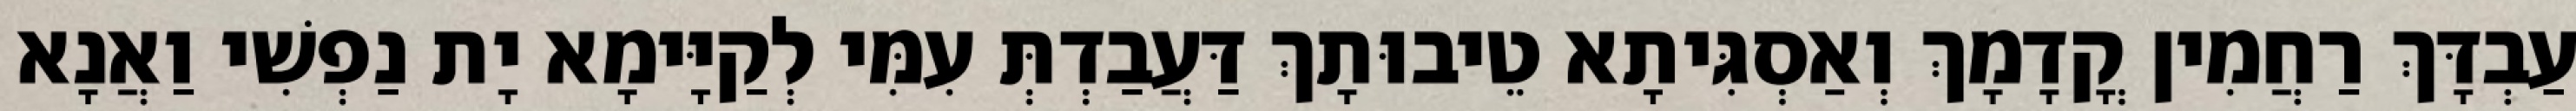
עַבְדָּךְ רַחֲמִין קֳדָמָךְ וְאַסְגִּיתָא טֵיבוּתָךְ דַּעֲבַדְתְּ עִמִּי לְקַיָּימָא יָת נַפְשִׁי וַאֲנָא